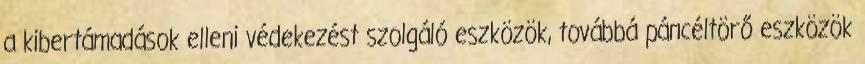
a kibertámadások elleni védekezést szolgáló eszközök, továbbá páncéltörő eszközök